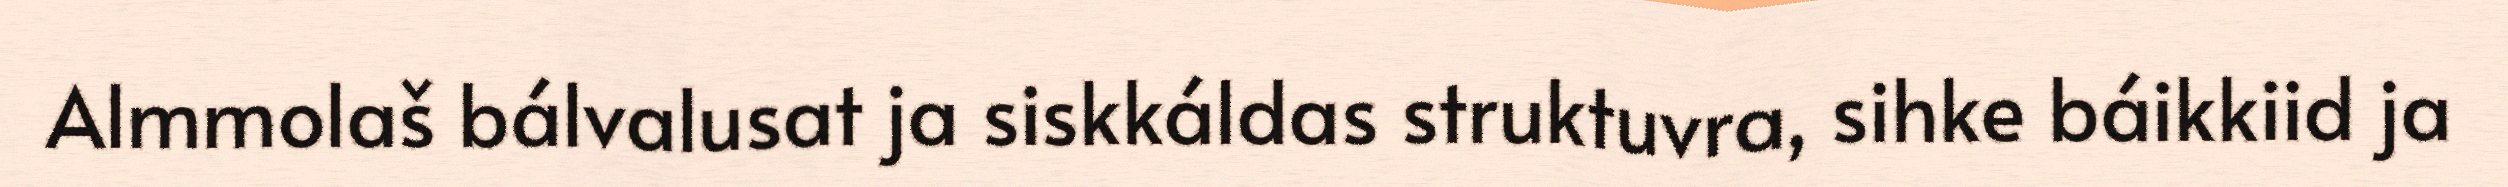
Almmolaš bálvalusat ja siskkáldas struktuvra, sihke báikkiid ja